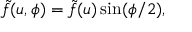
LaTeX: \tilde { f } ( u , \phi ) = \tilde { f } ( u ) \sin ( \phi / 2 ) ,